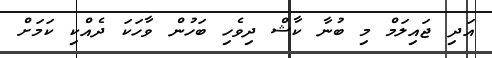
އަދި ޖައިލަމް މި ބުނާ ކާޝް ދިވެހި ބަހުން ވާހަކަ ދެއްކި ކަމަށް